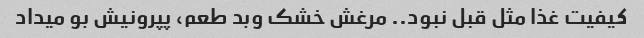
کیفیت غذا مثل قبل نبود.. مرغش خشک و‌بد طعم، پپرونیش بو میداد